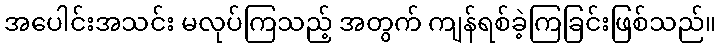
အပေါင်းအသင်း မလုပ်ကြသည့် အတွက် ကျန်ရစ်ခဲ့ကြခြင်းဖြစ်သည်။